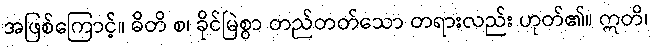
အဖြစ်ကြောင့်။ ဓိတိ စ၊ ခိုင်မြဲစွာ တည်တတ်သော တရားလည်း ဟုတ်၏။ ဣတိ၊